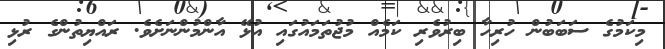
މިކަމުގެ ސަބަބުން ހުރިހާ ބިރުވެރި ކަމެއް މުޖުތަމައުގައި އުޅޭ އާންމުންނަށެވެ. ރައްޔިތުންގެ ރުޅި